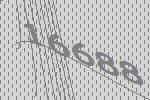
16688